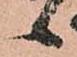
候